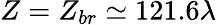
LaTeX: Z=Z_{br}\simeq 121.6\lambda